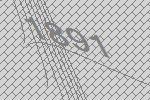
1891